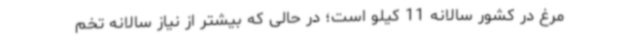
مرغ در کشور سالانه 11 کیلو است؛ در حالی که بیشتر از نیاز سالانه تخم